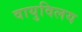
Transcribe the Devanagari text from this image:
वायुविलय